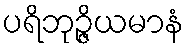
ပရိဘုဉ္ဇိယမာနံ